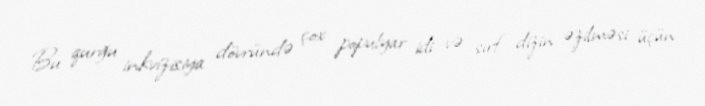
Bu qurğu inkvizisiya dövründə çox populyar idi və sırf dizin əzilməsi üçün